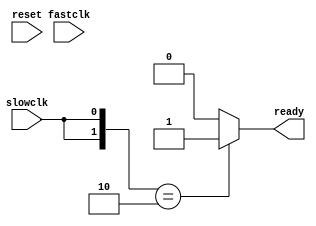
`timescale 1ns / 1ps
//////////////////////////////////////////////////////////////////////////////////
// Company: 
// Engineer: 
// 
// Design Name: 
// Module Name: bicksync
// Project Name: 
// Target Devices: 
// Tool Versions: 
// Description: 
// 
// Dependencies: 
// 
// Revision:
// Revision 0.01 - File Created
// Additional Comments:
// 
//////////////////////////////////////////////////////////////////////////////////


module clock_sync(
input wire fastclk,
input wire slowclk,
input wire reset,
output reg ready=0
    );
    reg [1:0] memory=2'b00;
    always @(fastclk)
        begin
        if (reset)
            memory<=2'b00;
        memory<={memory[0],slowclk};
        end
    always @*
    begin
        if (memory=={1'b1, 1'b0})
            ready=1;
        else
            ready=0;
    end
endmodule